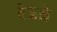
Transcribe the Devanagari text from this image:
देऊळे